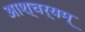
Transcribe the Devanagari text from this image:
आश्चर्यम्